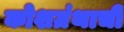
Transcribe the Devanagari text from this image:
कोशग्रंथाची